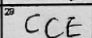
Transcription: CCE